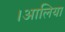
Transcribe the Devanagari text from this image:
।आलिया